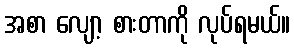
အစာ လျော့ စားတာကို လုပ်ရမယ်။